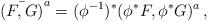
LaTeX: \begin{align*}{\bar{(F,G)}}^a=(\phi^{-1})^*( \phi^* F,\phi^* G)^a \,, \end{align*}